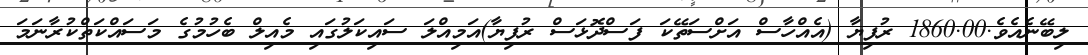
ލިބޭނެއެވެ.1860.00 ރުފިޔާ (އެއްހާސް އަށްސަތޭކަ ފަސްދޮޅަސް ރުފިޔާ)އަމިއްލަ ސައިކަލުގައި މެއިލް ބެހުމުގެ މަސައްކަތްކުރާނަމަ